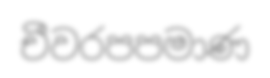
චීවරපපමාණ